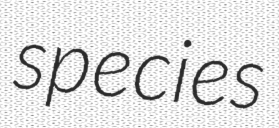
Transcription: species